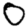
Digit: 0